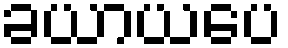
ခယာယပေ